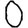
Digit: 0